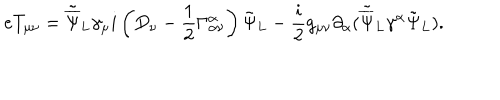
LaTeX: e T _ { \mu \nu } = { \tilde { \overline { { \Psi } } } _ { L } } { \gamma _ { \mu } } i \left( D _ { \nu } - \frac { 1 } { 2 } \Gamma _ { \alpha \nu } ^ { \alpha } \right) { \tilde { \Psi } } _ { L } - \frac { i } { 2 } g _ { \mu \nu } \partial _ { \alpha } ( { \tilde { \overline { { \Psi } } } } _ { L } \gamma ^ { \alpha } { \tilde { \Psi } _ { L } } ) . \nonumber \,